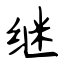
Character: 继